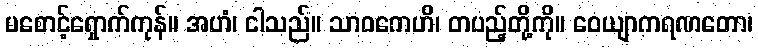
မစောင့်ရှောက်ကုန်။ အဟံ၊ ငါသည်။ သာဝကေဟိ၊ တပည့်တို့ကို။ ဝေယျာကရဏတော၊